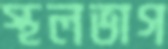
স্থলভাগ